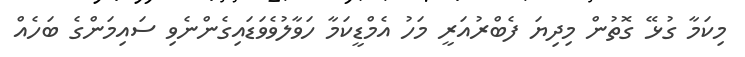
މިކަމާ ގުޅޭ ގޮތުން މިދިޔަ ފެބްރުއަރީ މަހު އެމްޑީކަމާ ހަވާލުވެވަޑައިގެންނެވި ސައިމަންގެ ބަހެއް